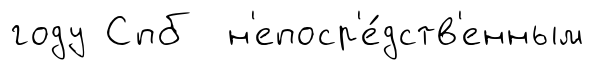
году Спб н'епоср'е́дств'енным